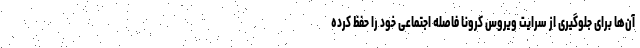
آن‌ها برای جلوگیری از سرایت ویروس کرونا فاصله اجتماعی خود را حفظ کرده